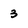
Character: 3